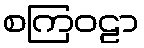
စကြဝဠာ